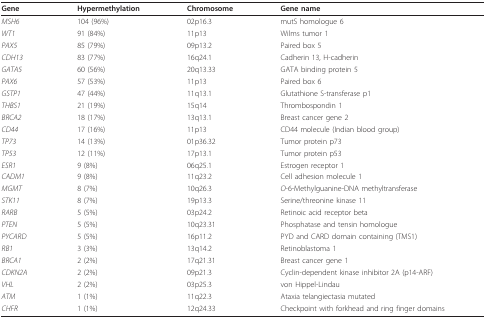
| Gene | Hypermethylation | Chromosome | Gene name |
 | --- | --- | --- | --- |
 | MSH6 | 104 (96%) | 02p16.3 | mutS homologue 6 |
 | WT1 | 91 (84%) | 11p13 | Wilms tumor 1 |
 | PAX5 | 85 (79%) | 09p13.2 | Paired box 5 |
 | CDH13 | 83 (77%) | 16q24.1 | Cadherin 13, H-cadherin |
 | GATA5 | 60 (56%) | 20q13.33 | GATA binding protein 5 |
 | PAX6 | 57 (53%) | 11p13 | Paired box 6 |
 | GSTP1 | 47 (44%) | 11q13.1 | Glutathione S-transferase p1 |
 | THBS1 | 21 (19%) | 15q14 | Thrombospondin 1 |
 | BRCA2 | 18 (17%) | 13q13.1 | Breast cancer gene 2 |
 | CD44 | 17 (16%) | 11p13 | CD44 molecule (Indian blood group) |
 | TP73 | 14 (13%) | 01p36.32 | Tumor protein p73 |
 | TP53 | 12 (11%) | 17p13.1 | Tumor protein p53 |
 | ESR1 | 9 (8%) | 06q25.1 | Estrogen receptor 1 |
 | CADM1 | 9 (8%) | 11q23.2 | Cell adhesion molecule 1 |
 | MGMT | 8 (7%) | 10q26.3 | O-6-Methylguanine-DNA methyltransferase |
 | STK11 | 8 (7%) | 19p13.3 | Serine/threonine kinase 11 |
 | RARB | 5 (5%) | 03p24.2 | Retinoic acid receptor beta |
 | PTEN | 5 (5%) | 10q23.31 | Phosphatase and tensin homologue |
 | PYCARD | 5 (5%) | 16p11.2 | PYD and CARD domain containing (TMS1) |
 | RB1 | 3 (3%) | 13q14.2 | Retinoblastoma 1 |
 | BRCA1 | 2 (2%) | 17q21.31 | Breast cancer gene 1 |
 | CDKN2A | 2 (2%) | 09p21.3 | Cyclin-dependent kinase inhibitor 2A (p14-ARF) |
 | VHL | 2 (2%) | 03p25.3 | von Hippel-Lindau |
 | ATM | 1 (1%) | 11q22.3 | Ataxia telangiectasia mutated |
 | CHFR | 1 (1%) | 12q24.33 | Checkpoint with forkhead and ring finger domains |